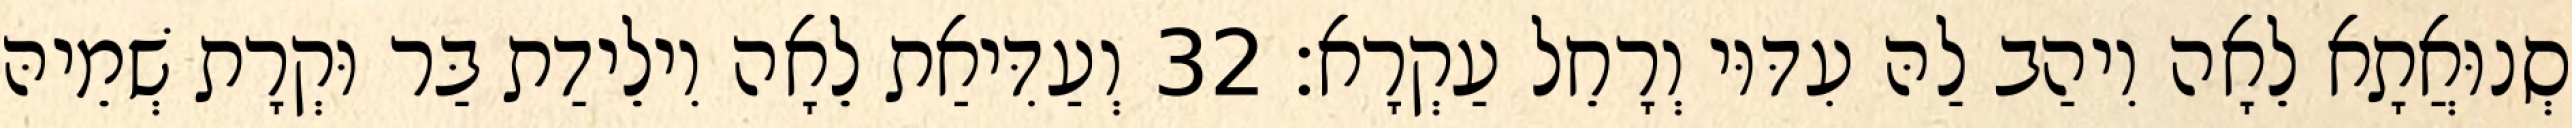
סְנוּאֲתָא לֵאָה וִיהַב לַהּ עִדּוּי וְרָחֵל עַקְרָא׃ 32 וְעַדִּיאַת לֵאָה וִילֵידַת בַּר וּקְרָת שְׁמֵיהּ